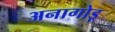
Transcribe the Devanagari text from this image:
अनागोडू